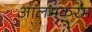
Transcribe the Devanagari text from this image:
आलमकरम